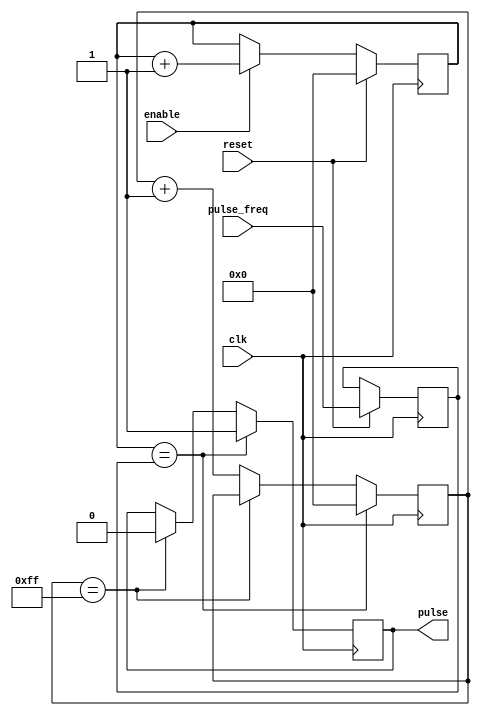
module pulse_generator (
    input wire clk,
    input wire reset,
    input wire enable,
    input wire [7:0] pulse_freq,
    output reg pulse
);

reg [7:0] counter;
reg [7:0] preset_value;
reg sync;
reg [7:0] cnt;

always @(posedge clk)
begin
    if(reset)
        counter <= 8'b0;
    else if(enable)
        counter <= counter + 1;
end

always @(posedge clk)
begin
    if(reset)
        preset_value <= pulse_freq;
end

always @(posedge clk)
begin
    if(counter == preset_value)
    begin
        sync <= 1'b1;
        cnt <= 8'b0;
    end
    else if (cnt == 8'hff)
        sync <= 1'b0;
    else
        cnt <= cnt + 8'b1;
end

assign pulse = sync;

endmodule